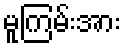
မူကြမ်းအား